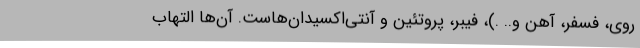
روی، فسفر، آهن و.. .)، فیبر، پروتئین و آنتی‌اکسیدان‌هاست. آن‌ها التهاب